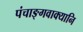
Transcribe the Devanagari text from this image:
पंचाङ्गवाक्यानि